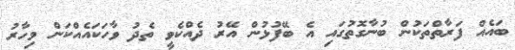
ބައެއް ފަރާތްތަކުން ބުނާގޮތުގައި އެ ބޭފުޅުން އޭރު ދެއްކެވީ ތެދު ވާހަކައެއްކަން މިހާރު